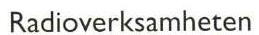
Radioverksamheten